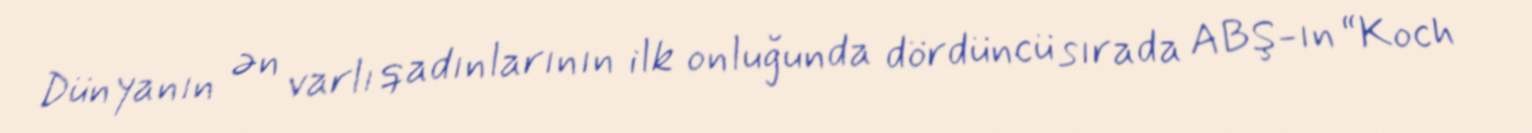
Dünyanın ən varlı qadınlarının ilk onluğunda dördüncü sırada ABŞ-ın “Koch